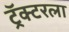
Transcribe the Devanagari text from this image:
ट्रॅक्टरला